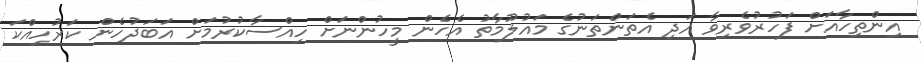
އިންތިހާއަށް ފަހުރުވެރިވާ އަދި އެތަންތަނުގެ މައުލޫމާތު އެހެން މީހުންނަށް ހިއްސާކުރުމަށް އަބަދުހެން ކަރުހިއްކަ